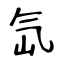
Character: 氙